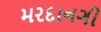
મરદાનગી